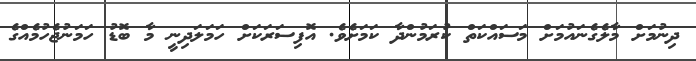
ދިނުމަށް މާލެގެނައުމަށް މަސައްކަތް ކުރަމުންދާ ކަމަށެވެ. އޮފިސަރަކަށް ހަމަލަދިނީ މާ ބޮޑު ހަމަނުޖެހުމެއްގެ